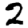
Digit: 2